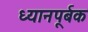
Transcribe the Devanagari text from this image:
ध्यानपूर्बक